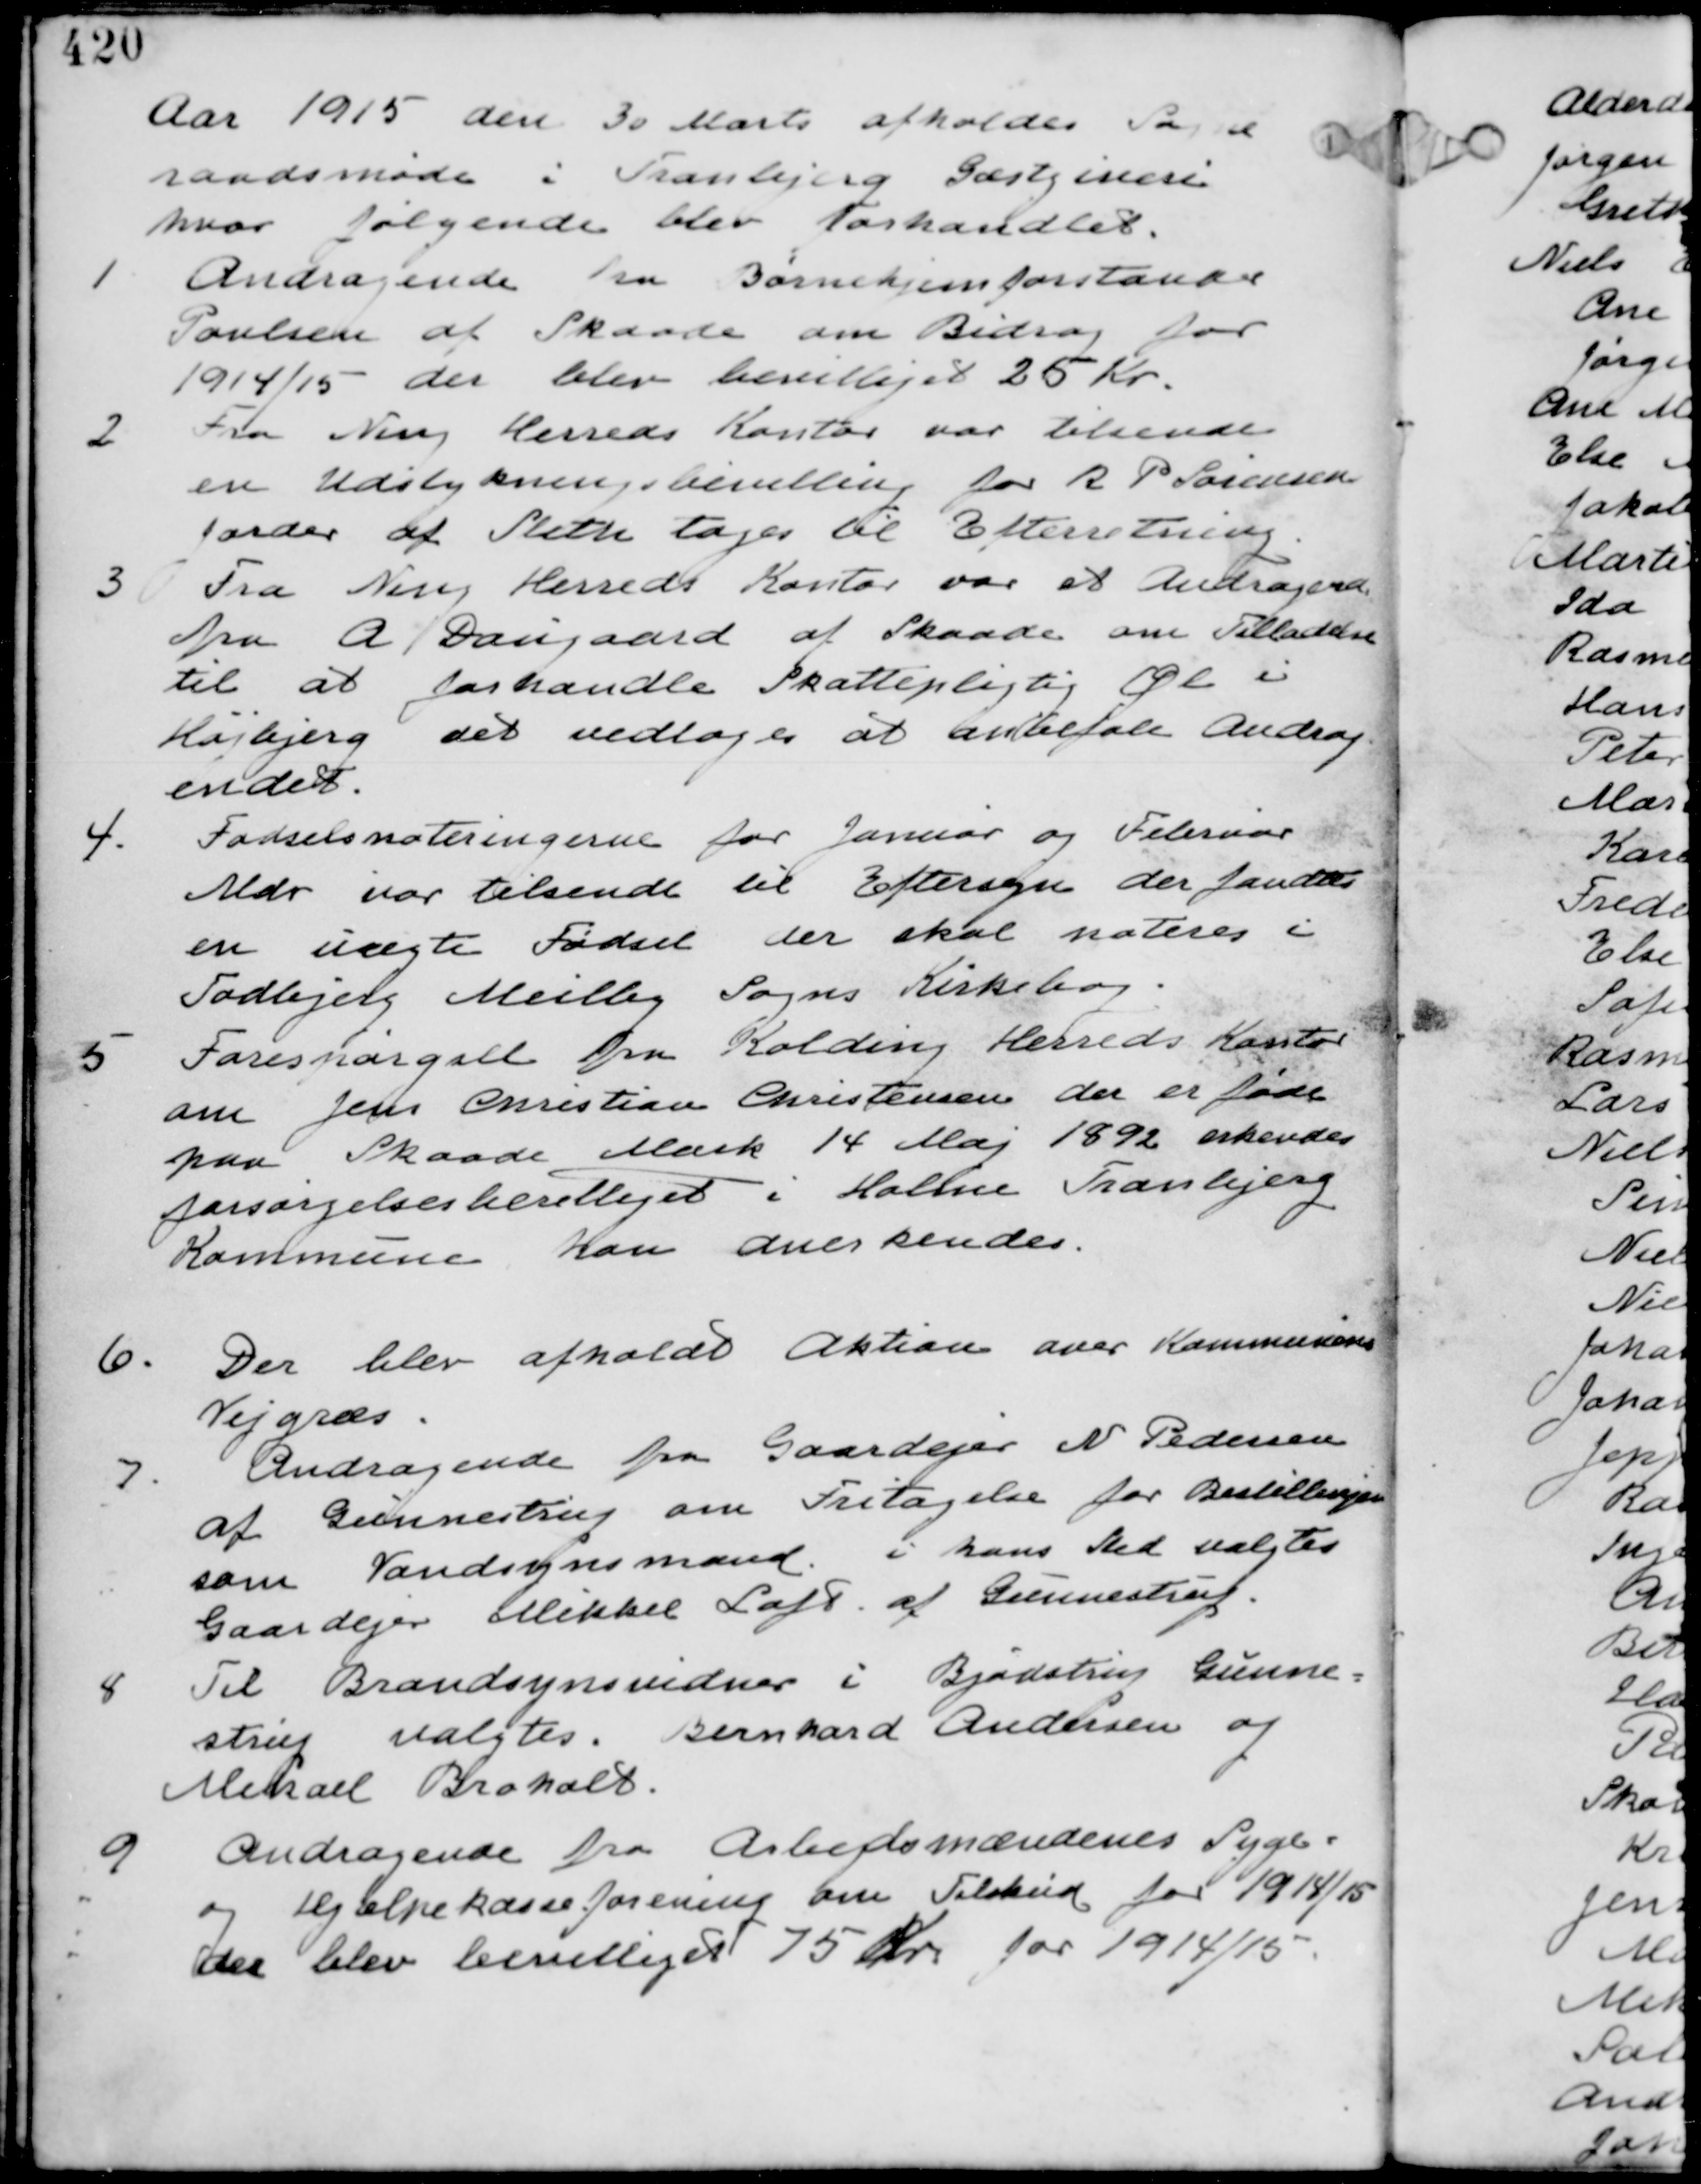
Transskription:
Aar 1915 den 30 Marts afholdes Sogne-
raadsmøde i Tranbjerg Gæstgiveri
hvor følgende blev forhandlet.

1
Andragende fra Børnehjemsforstander
Poulsen af Skaade om Bidrag for
1914/15 der blev bevilliget 25 Kr.

2
Fra Ning Herreds Kontor var tilsendt
en Udstykningsbevilling for R P Sørensens
Jorder af Sleth tages til Efterretning

3 Fra Ning Herreds Kontor var et Andragende
fra A Daugaard af Skaade om Tilladelse
til at forhandle Skattepligtig Øl i
Højbjerg det vedtages at anbefale Andrag
endet.

4.
Fødselsnoteringerne for Januar og Februar
Mdr var tilsendt til Eftersyn der fandtes
en uægte Fødsel der skal noteres i
Todbjerg Meilby Sogns Kirkebog

5 Forespørgsel fra Kolding Herreds Kontor
om Jens Christian Christensen der er født
paa Skaade Mark 14 Maj 1892 erkendes
forsørgelsesberettiget i Holme Tranbjerg
Kommune kan anerkendes

6.
Der blev afholdt Aktion over Kommunens
Vejgræs.

7
Andragende fra Gaardejer N Pedersen
af Gunnestrup om Fritagelse for Bestillingen
som Vandsynsmand i hans Sted valgtes
Gaardejer Mikkel Loft af Gunnestrup.

8
Til Brandsynsvidner i Bjødstrup Gunne-
strup valgtes. Bernhard Andersen og
Mikael Broholt.

9
Andragende fra Arbejdsmændenes Syge-
og Hjælpekasseforening om Tilskud for 1914/15
der blev bevilliget 75 Kr for 1914/15.